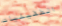
الطفيليات